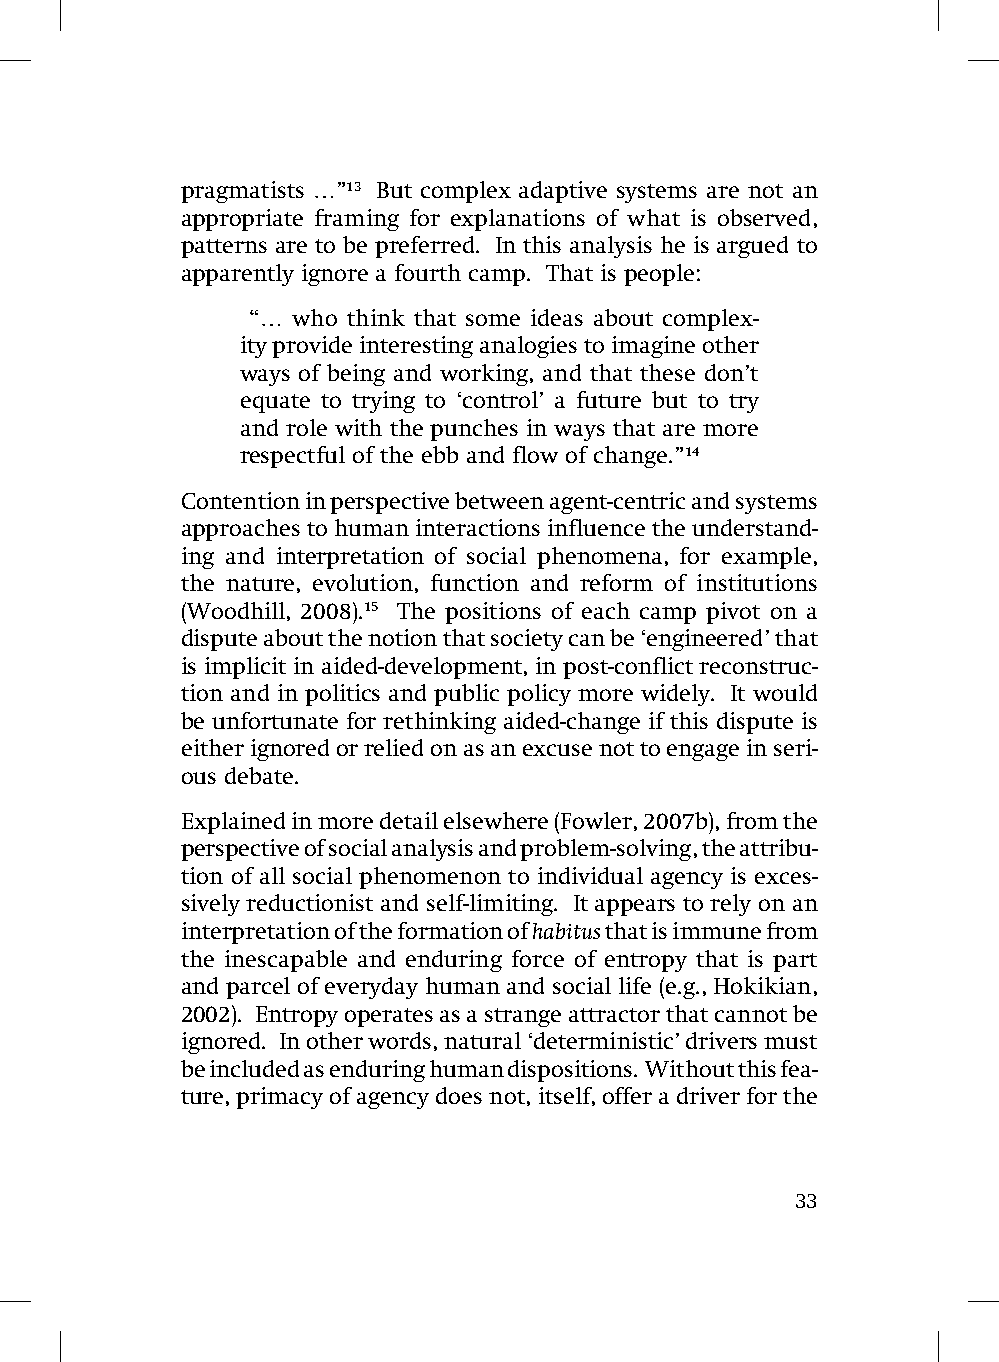
pragmatists …”13 But complex adaptive systems are not an
 appropriate framing for explanations of what is observed,
 patterns are to be preferred. In this analysis he is argued to
 apparently ignore a fourth camp. That is people:
 “… who think that some ideas about complex-
 ity provide interesting analogies to imagine other
 ways of being and working, and that these don’t
 equate to trying to ‘control’ a future but to try
 and role with the punches in ways that are more
 respectful of the ebb and flow of change.”14
 Contention in perspective between agent-centric and systems
 approaches to human interactions influence the understand-
 ing and interpretation of social phenomena, for example,
 the nature, evolution, function and reform of institutions
 (Woodhill, 2008).15 The positions of each camp pivot on a
 dispute about the notion that society can be ‘engineered’ that
 is implicit in aided-development, in post-conflict reconstruc-
 tion and in politics and public policy more widely. It would
 be unfortunate for rethinking aided-change if this dispute is
 either ignored or relied on as an excuse not to engage in seri-
 ous debate.
 Explained in more detail elsewhere (Fowler, 2007b), from the
 perspective of social analysis and problem-solving, the attribu-
 tion of all social phenomenon to individual agency is exces-
 sively reductionist and self-limiting. It appears to rely on an
 interpretation of the formation of habitus that is immune from
 the inescapable and enduring force of entropy that is part
 and parcel of everyday human and social life (e.g., Hokikian,
 2002). Entropy operates as a strange attractor that cannot be
 ignored. In other words, natural ‘deterministic’ drivers must
 be included as enduring human dispositions. Without this fea-
 ture, primacy of agency does not, itself, offer a driver for the
 33